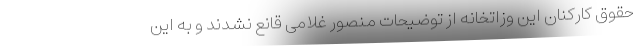
حقوق کارکنان این وزاتخانه از توضیحات منصور غلامی قانع نشدند و به این